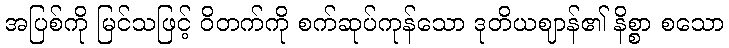
အပြစ်ကို မြင်သဖြင့် ဝိတက်ကို စက်ဆုပ်ကုန်သော ဒုတိယဈာန်၏ နိစ္စာ စသော